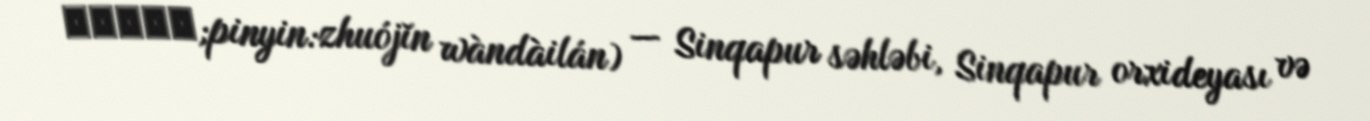
卓锦万黛兰;pinyin:zhuójǐn wàndàilán) — Sinqapur səhləbi, Sinqapur orxideyası və